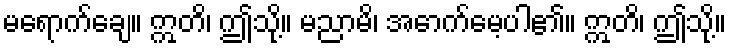
မရောက်ချေ။ ဣတိ၊ ဤသို့။ မညာမိ၊ အောက်မေ့ပါ၏။ ဣတိ၊ ဤသို့။